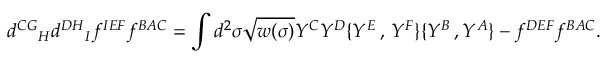
{ d ^ { C G } } _ { H } { d ^ { D H } } _ { I } f ^ { I E F } f ^ { B A C } = \int d ^ { 2 } \sigma \sqrt { w ( \sigma ) } Y ^ { C } Y ^ { D } \{ Y ^ { E } \, , \, Y ^ { F } \} \{ Y ^ { B } \, , Y ^ { A } \} { } - f ^ { D E F } f ^ { B A C } .